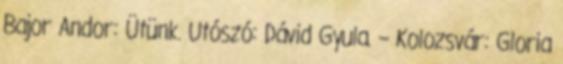
Bajor Andor: Ütünk. Utószó: Dávid Gyula. – Kolozsvár: Gloria